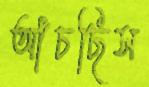
আঁচছিস